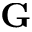
\mathbf G